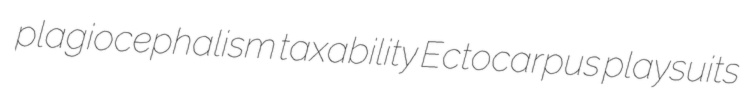
plagiocephalism taxability Ectocarpus playsuits